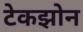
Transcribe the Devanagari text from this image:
टेकझोन